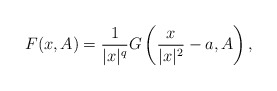
\begin{align*} F(x,A)=\frac{1}{|x|^q}G\left( \frac{x}{|x|^2}-a,A \right), \end{align*}